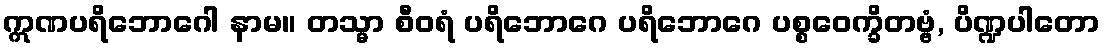
ဣဏပရိဘောဂေါ နာမ။ တသ္မာ စီဝရံ ပရိဘောဂေ ပရိဘောဂေ ပစ္စဝေက္ခိတဗ္ဗံ, ပိဏ္ဍပါတော